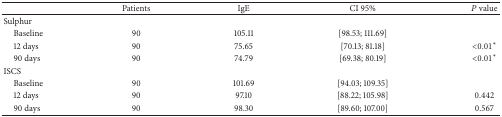
<table><thead><tr><td><b> </b></td><td><b>Patients</b></td><td><b>IgE</b></td><td><b>CI 95%</b></td><td><b><i>P</i> value</b></td></tr></thead><tbody><tr><td>Sulphur</td><td> </td><td> </td><td> </td><td> </td></tr><tr><td> Baseline</td><td>90</td><td>105.11</td><td>[98.53; 111.69]</td><td> </td></tr><tr><td> 12 days</td><td>90</td><td>75.65</td><td>[70.13; 81.18]</td><td>&lt;0.01*</td></tr><tr><td> 90 days</td><td>90</td><td>74.79</td><td>[69.38; 80.19]</td><td>&lt;0.01*</td></tr><tr><td>ISCS</td><td> </td><td> </td><td> </td><td> </td></tr><tr><td> Baseline</td><td>90</td><td>101.69</td><td>[94.03; 109.35]</td><td> </td></tr><tr><td> 12 days</td><td>90</td><td>97.10</td><td>[88.22; 105.98]</td><td>0.442</td></tr><tr><td> 90 days</td><td>90</td><td>98.30</td><td>[89.60; 107.00]</td><td>0.567</td></tr></tbody></table>